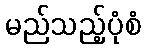
မည်သည့်ပုံစံ